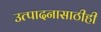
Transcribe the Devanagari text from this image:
उत्पादनासाठीही